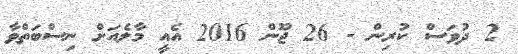
2 ދުވަސް ކުރިން - 26 ޖޫން 2016 އެއީ މާލެއަށް ނިސްބަތްވާ